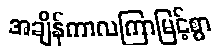
အချိန်ကာလကြာမြင့်စွာ